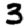
Digit: 3